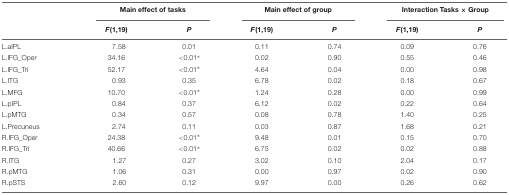
<table><thead><tr><td></td><td colspan="2"><b>Main effect of tasks</b></td><td colspan="2"><b>Main effect of group</b></td><td colspan="2"><b>Interaction Tasks × Group</b></td></tr><tr><td></td><td><b><i>F</i>(1,19)</b></td><td><b><i>P</i></b></td><td><b><i>F</i>(1,19)</b></td><td><b><i>P</i></b></td><td><b><i>F</i>(1,19)</b></td><td><b><i>P</i></b></td></tr></thead><tbody><tr><td>L.aIPL</td><td>7.58</td><td>0.01</td><td>0.11</td><td>0.74</td><td>0.09</td><td>0.76</td></tr><tr><td>L.IFG_Oper</td><td>34.16</td><td>&lt;0.01<sup>∗</sup></td><td>0.02</td><td>0.90</td><td>0.55</td><td>0.46</td></tr><tr><td>L.IFG_Tri</td><td>52.17</td><td>&lt;0.01<sup>∗</sup></td><td>4.64</td><td>0.04</td><td>0.00</td><td>0.98</td></tr><tr><td>L.ITG</td><td>0.93</td><td>0.35</td><td>6.78</td><td>0.02</td><td>0.18</td><td>0.67</td></tr><tr><td>L.MFG</td><td>10.70</td><td>&lt;0.01<sup>∗</sup></td><td>1.24</td><td>0.28</td><td>0.00</td><td>0.99</td></tr><tr><td>L.pIPL</td><td>0.84</td><td>0.37</td><td>6.12</td><td>0.02</td><td>0.22</td><td>0.64</td></tr><tr><td>L.pMTG</td><td>0.34</td><td>0.57</td><td>0.08</td><td>0.78</td><td>1.40</td><td>0.25</td></tr><tr><td>L.Precuneus</td><td>2.74</td><td>0.11</td><td>0.03</td><td>0.87</td><td>1.68</td><td>0.21</td></tr><tr><td>R.IFG_Oper</td><td>24.38</td><td>&lt;0.01<sup>∗</sup></td><td>9.48</td><td>0.01</td><td>0.15</td><td>0.70</td></tr><tr><td>R.IFG_Tri</td><td>40.66</td><td>&lt;0.01<sup>∗</sup></td><td>6.75</td><td>0.02</td><td>0.02</td><td>0.88</td></tr><tr><td>R.ITG</td><td>1.27</td><td>0.27</td><td>3.02</td><td>0.10</td><td>2.04</td><td>0.17</td></tr><tr><td>R.pMTG</td><td>1.06</td><td>0.31</td><td>0.00</td><td>0.97</td><td>0.02</td><td>0.90</td></tr><tr><td>R.pSTS</td><td>2.60</td><td>0.12</td><td>9.97</td><td>0.00</td><td>0.26</td><td>0.62</td></tr></tbody></table>